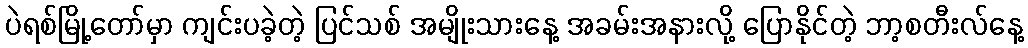
ပဲရစ်မြို့တော်မှာ ကျင်းပခဲ့တဲ့ ပြင်သစ် အမျိုးသားနေ့ အခမ်းအနားလို့ ပြောနိုင်တဲ့ ဘာ့စတီးလ်နေ့